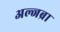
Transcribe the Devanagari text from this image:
अल्जब्रा